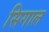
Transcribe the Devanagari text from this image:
सिगाल